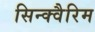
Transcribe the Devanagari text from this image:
सिन्क्वैरिम